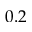
0 . 2